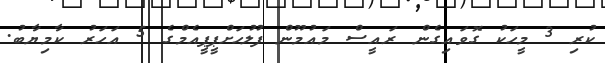
ކުރި 3 މީހަކު ގޮވައިގެން ރައީސް މައުމޫން ފުލުހަށްޕީޕީއެމްގެ 5 އަހަރު ކާމިޔާބު.